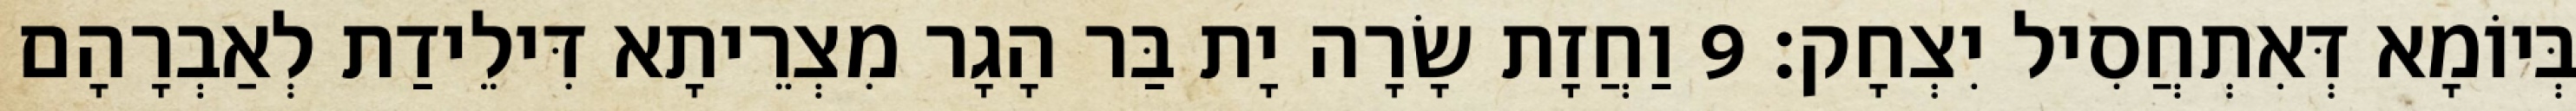
בְּיוֹמָא דְּאִתְחֲסִיל יִצְחָק׃ 9 וַחֲזָת שָׂרָה יָת בַּר הָגָר מִצְרֵיתָא דִּילֵידַת לְאַבְרָהָם